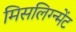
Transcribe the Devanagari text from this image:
मिसलिग्न्मेंट